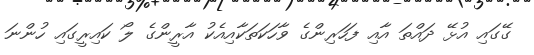
ގޭގައި އުޅޭ ދައްތަ އާއި ފަހަރިންގެ ވާހަކަތަކާއިއެކު އާރީންގެ ލޯ ކައިރީގައި ހުންނަ